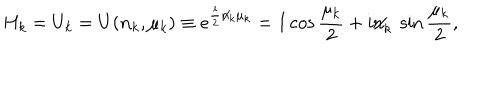
H _ { k } = U _ { k } = U ( { \bf n } _ { k } , \mu _ { k } ) \equiv e ^ { \frac i 2 \not { n } _ { k } \mu _ { k } } = I \cos { \frac { \mu _ { k } } 2 } + i { { \not \! \! n } _ { k } } ~ \sin { \frac { \mu _ { k } } 2 } ,